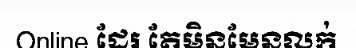
Online ដែរ តែមិនមែនលក់